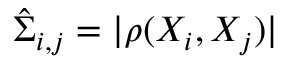
\hat { \Sigma } _ { i , j } = | \rho ( X _ { i } , X _ { j } ) |